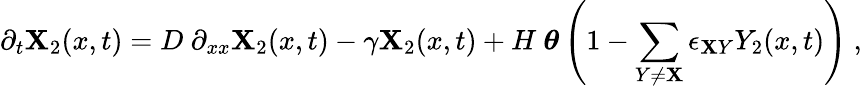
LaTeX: \partial_{t}\mathbf{X}_{2}(x,t)=D~\partial_{xx}\mathbf{X}_{2}(x,t)-\gamma\mathbf{X}_{2}(x,t)+H~\boldsymbol\theta\left(1-\sum_{Y\neq\mathbf{X}}\epsilon_{\mathbf{X}Y}Y_{2}(x,t)\right)~,